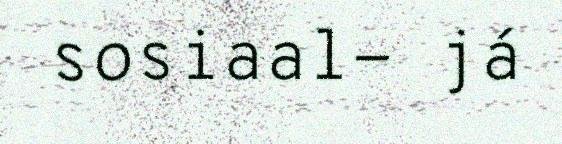
sosiaal- já